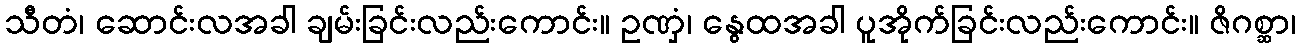
သီတံ၊ ဆောင်းလအခါ ချမ်းခြင်းလည်းကောင်း။ ဥဏှံ၊ နွေထအခါ ပူအိုက်ခြင်းလည်းကောင်း။ ဇိဂစ္ဆာ၊